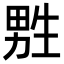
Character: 㽒